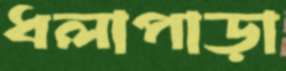
ধলাপাড়া